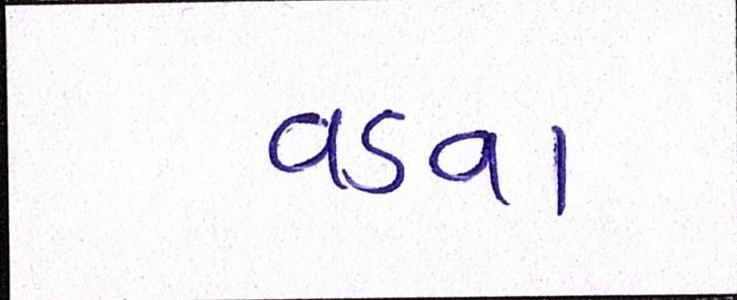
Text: વડવા